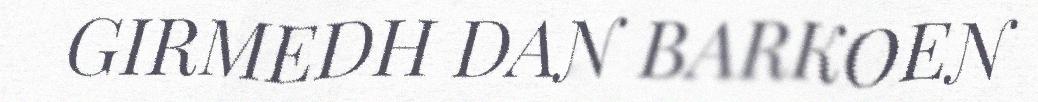
GIRMEDH DAN BARKOEN